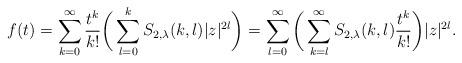
LaTeX: \begin{align*}f(t)=\sum_{k=0}^{\infty}\frac{t^{k}}{k!}\bigg(\sum_{l=0}^{k}S_{2,\lambda}(k,l)|z|^{2l}\bigg)=\sum_{l=0}^{\infty}\bigg(\sum_{k=l}^{\infty}S_{2,\lambda}(k,l)\frac{t^{k}}{k!}\bigg)|z|^{2l}.\end{align*}